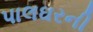
પાલઘરની